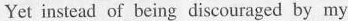
Yet instead of being discouraged by my